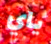
ياي